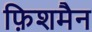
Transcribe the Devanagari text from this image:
फ़िशमैन